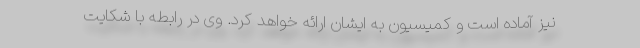
نیز آماده است و کمیسیون به ایشان ارائه خواهد کرد. وی در رابطه با شکایت